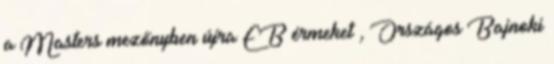
a Masters mezőnyben újra EB érmeket , Országos Bajnoki